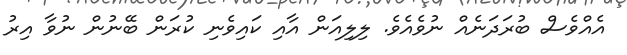
އެއްވެސް ބުރަދަނެއް ނުވެއެވެ. ލިލިއަން އާއި ކައިވެނި ކުރަން ބޭނުން ނުވާ އިރު